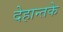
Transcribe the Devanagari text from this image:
देहान्तके